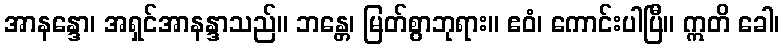
အာနန္ဒော၊ အရှင်အာနန္ဒာသည်။ ဘန္တေ၊ မြတ်စွာဘုရား။ ဧဝံ၊ ကောင်းပါပြီ။ ဣတိ ခေါ၊